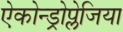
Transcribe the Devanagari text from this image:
ऐकोन्ड्रोप्लेजिया